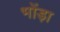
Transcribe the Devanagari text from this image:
भोंड़ा